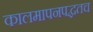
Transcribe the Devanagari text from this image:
कालमापनपद्धतच